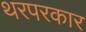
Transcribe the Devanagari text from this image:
थरपरकार